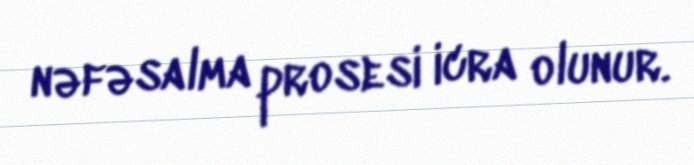
nəfəsalma prosesi icra olunur.